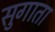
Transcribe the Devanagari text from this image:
सुगाता